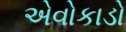
એવોકાડો